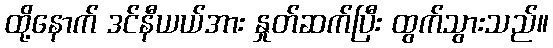
ထို့နောက် ဒင်နီယယ်အား နှုတ်ဆက်ပြီး ထွက်သွားသည်။